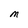
Character: M